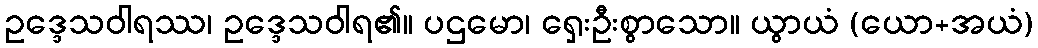
ဥဒ္ဒေသဝါရဿ၊ ဥဒ္ဒေသဝါရ၏။ ပဌမော၊ ရှေးဦးစွာသော။ ယွာယံ (ယော+အယံ)